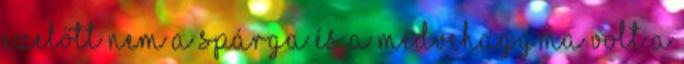
ezelőtt nem a spárga és a medvehagyma volt a